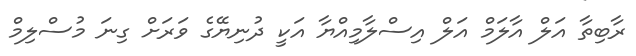
ރާބިތާ އަލް އާލަމް އަލް އިސްލާމިއްޔާ އަކީ ދުނިޔޭގެ ވަރަށް ގިނަ މުސްލިމް